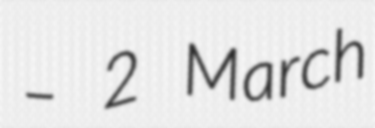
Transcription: – 2 March